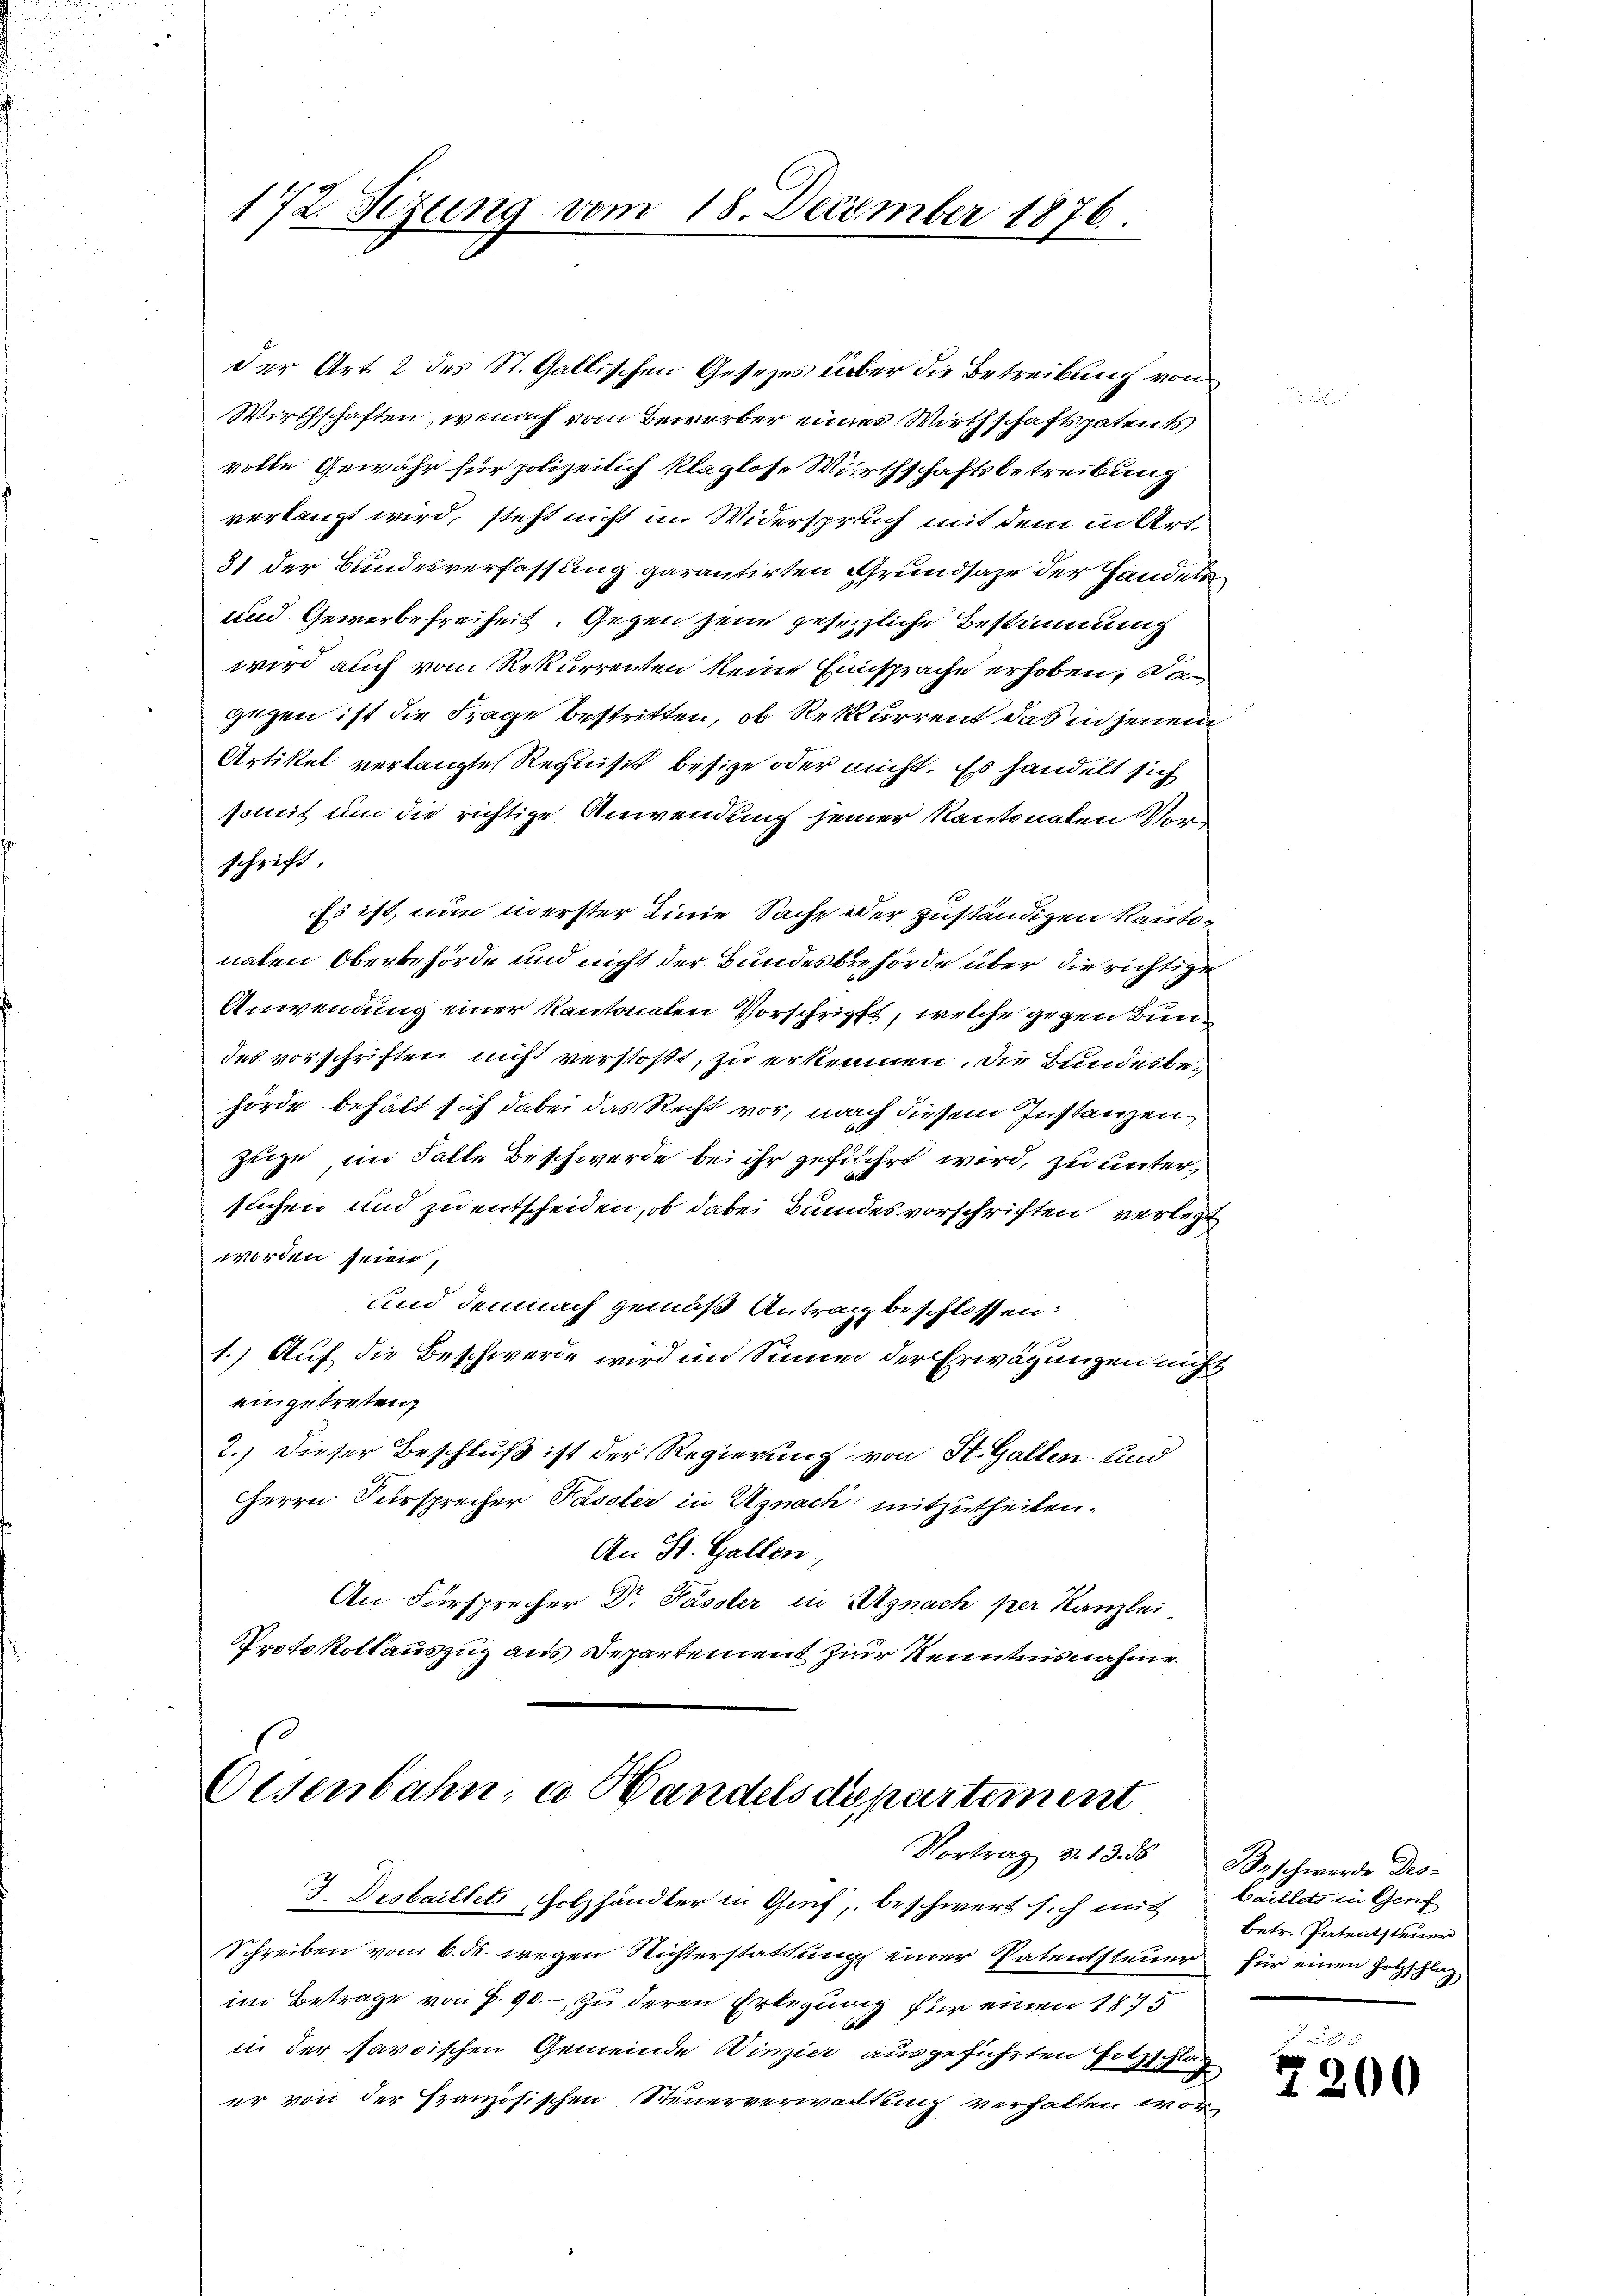
172. Sezung vom 18. December 1876.

der Art. 2 des St. Gallischen Gesezes über die Betreibung von
Wirthschaften, wonach vom Bewerber eines Wirthschaftspatents
volle Gewähr für polizeilich klaglos. Wirthschaftsbetreibung
verlangt wird, steht nicht im Widerspruch mit dem in Art
31 der Bundesverfassung garantirten Grundsaze der Handels
und Gewerbefreiheit. Gegen jene gesetzliche Bestimmung
wird auch vom Rekurrenten keine Einsprache erhoben, von
gegen ist die Frage bestritten, ob Rekurrent das in jenem
Artikel verlangte Requisit besize oder nicht. Es handelt sich
somit um die richtige Anwendung seiner Kantonalen Vorschrift.
Es ist nun in erster Linie Sache oder zuständigen Kantonaten Oberbehörde und nicht der Bundesbehörde über die richtige
Anwendung einer Kantonaten Vorschrifft, welche gegen Bundes vorschriften nicht verstoßt, zu erkennen, die Bundesbehörde behalt sich dabei das Recht vor, nach diesem Instanzen
Zeige, im Falle Beschwerde bei ihr geführt wird, zu untersuchen und zu entscheiden, ob dabei Bundesvorschriften verlegt
worden seien,
und demnach gemäß Antrag beschlossen:
1.) Auf die Beschwerde wird im Sinne der Erwägungen nicht
eingetreten
2.) Dieser Beschluß ist der Regierung von St. Gallen und
Herrn Sursprecher Passler in Uznach mitzutheilen.
An St. Gallen
An Fürsprecher Dr. Fassler in Uznach per Kanzlei
Protokollauszug aus Departement zur Kenntnisnahme.

Eisenbahn, u. Handelsdepartement
Vortrag v. 13. 16. Beschwerde Des-

J. Desbaillets, Holzhändler in Genf, beschwert sich mit
Schreiben vom 6. ds. wegen Nichterstattung einer Patentsteuer für einen Holzschlag
im Betrage von P. 90. - zu deren Erlegung für einen 1875
in der savoischen Gemeinde Winzier ausgeführten Hotzschlag
er von der Französischen Steuerverwaltung verhalten wor¬

Caillets in Genf
betr. Patentsteuer

7200